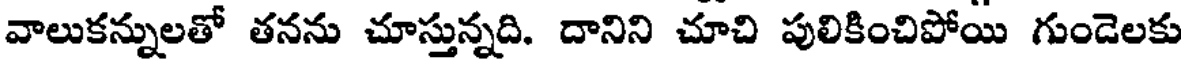
వాలుకన్నులతో తనను చూస్తున్నది. దానిని చూచి పులికించిపోయి గుండెలకు